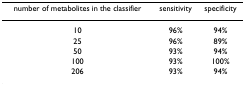
| number of metabolites in the classifier | sensitivity | specificity |
 | --- | --- | --- |
 | 10 | 96% | 94% |
 | 25 | 96% | 89% |
 | 50 | 93% | 94% |
 | 100 | 93% | 100% |
 | 206 | 93% | 94% |